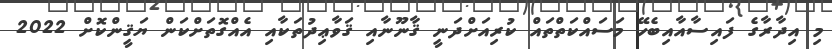
މި އިދާރާގެ ފައިސާއާއިބެހޭ މަސައްކަތްތައް ކުރިއަށްދަނީ ޤާނޫނާއި ޤަވާޢިދުތަކާއި އެއްގޮތަށްކަން ޔަޤީންކޮށް 2022